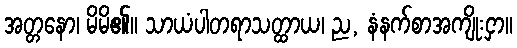
အတ္တနော၊ မိမိ၏။ သာယံပါတရာသတ္ထာယ၊ ည, နံနက်စာအကျိုးငှာ။